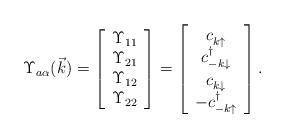
\begin{align*}\Upsilon_{a\alpha}(\vec{k}) = \left[ \begin{array}{c}\Upsilon_{11} \\ \Upsilon_{21} \\ \Upsilon_{12} \\ \Upsilon_{22}\end{array} \right] = \left[ \begin{array}{c}c_{k\uparrow}^{\vphantom\dagger} \\ c_{-k\downarrow}^{\dagger} \\c_{k\downarrow}^{\vphantom\dagger} \\ -c_{-k\uparrow}^{\dagger}\end{array}\right].\end{align*}